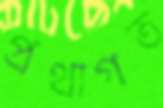
প্রথাগত